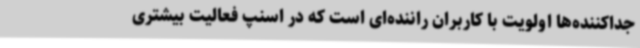
جداکننده‌ها اولویت با کاربران راننده‌ای است که در اسنپ فعالیت بیشتری